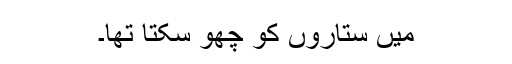
میں ستاروں کو چُھو سکتا تھا۔